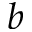
b